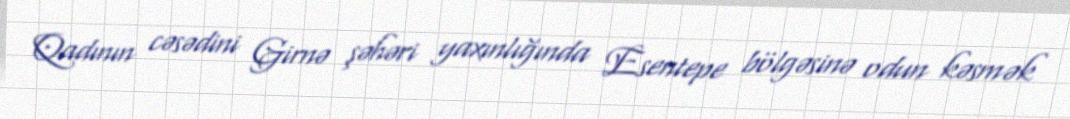
Qadının cəsədini Girnə şəhəri yaxınlığında Esentepe bölgəsinə odun kəsmək